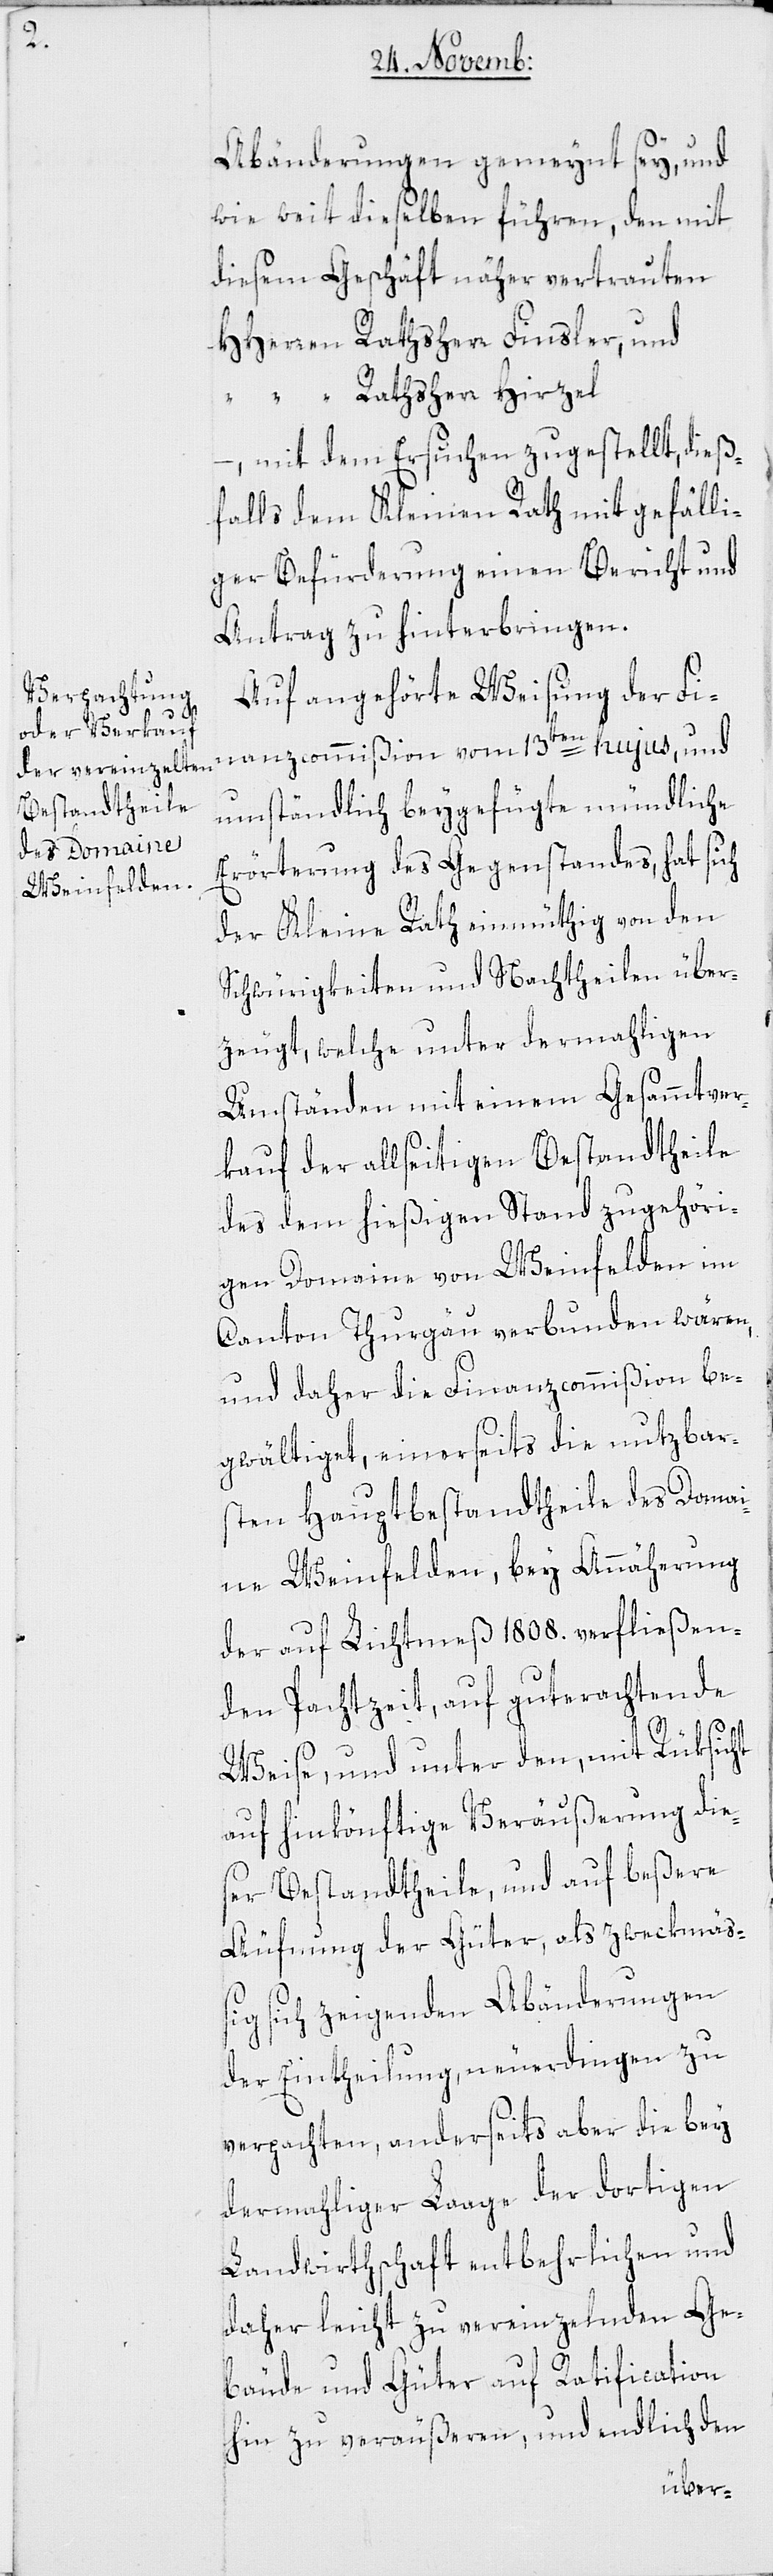
Abänderungen gemeynt sey, und
wie weit dieselben führen, den mit
diesem Geschäft näher vertrauten
HHerren Rathsherr Finsler, und
“ Rathsherr Hirzel
– mit dem Ersuchen zugestellt, dieß¬
falls dem Kleinen Rath mit gefälli¬
ger Befürderung einen Bericht und
Antrag zu hinterbringen.
Auf angehörte Weisung der Fi¬
nanzcommißion vom 13ten hujus, und
umständlich beygefügte mündliche
Erörterung des Gegenstandes, hat sich
der Kleine Rath einmüthig von den
Schwürigkeiten und Nachtheilen über¬
zeugt, welche unter dermahligen
Umständen mit einem Gesammtver¬
kauf der allseitigen Bestandtheile
des dem hießigen Stand zugehöri¬
gen Domaine von Weinfelden im
Canton Thurgäu verbunden wären,
und daher die Finanzcommißion be¬
gwältiget, einerseits die nutzbar¬
sten Hauptbestandtheile des Domai¬
ne Weinfelden, bey Annäherung
der auf Lichtmeß 1808. verfließen¬
den Pachtzeit, auf guterachtende
Weise, und unter den, mit Rüksicht
auf hinkönftige Veräußerung die¬
ser Bestandtheile, und auf beßere
Äufnung der Güter, als zweckmä¬
ßig sich zeigenden Abänderungen
der Eintheilung, neuerdingen zu
verpachten, anderseits aber die bey
dermahliger Laage der dortigen
Landwirthschaft entbehrlichen und
daher leicht zu vereinzelnden Ge¬
bäude und Güter auf Ratification
hin zu veräußeren, und endlich den